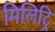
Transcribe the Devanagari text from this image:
मिलिट्रि